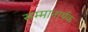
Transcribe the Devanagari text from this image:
सम्मानार्थक